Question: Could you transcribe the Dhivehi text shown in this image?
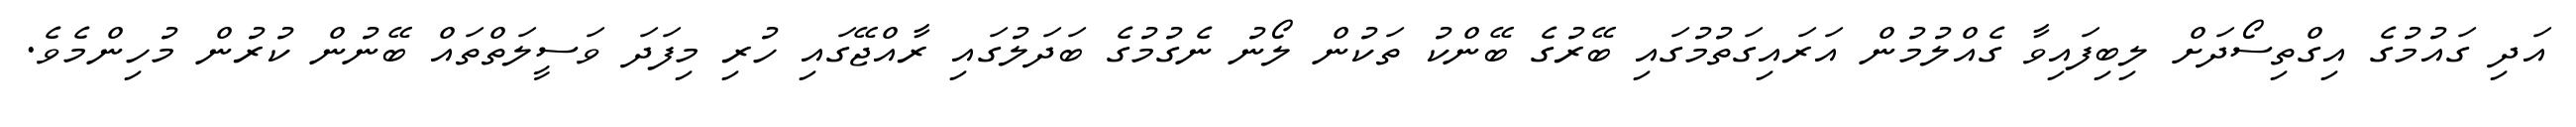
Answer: އަދި ގައުމުގެ އިގްތިސޯދަށް ލިބިފައިވާ ގެއްލުމުން އަރައިގަތުމުގައި ބޭރުގެ ބޭންކު ތަކުން ލޯނު ނެގުމުގެ ބަދަލުގައި ރާއްޖޭގައި ހުރި މިފަދަ ވަސީލަތްތައް ބޭނުން ކުރުން މުހިންމެވެ.